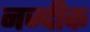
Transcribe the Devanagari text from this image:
नज्दीक